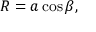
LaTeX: R = a \cos \beta ,